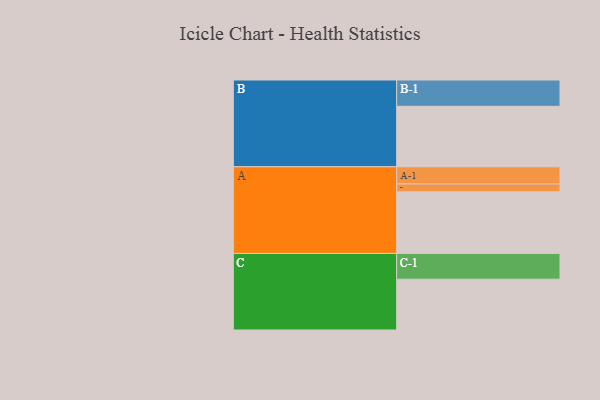
{"axis": {"x": "Segment", "y": "Value"}, "legend": ["", "A", "B", "C"], "data": [{"x": "A", "y": 531, "type": ""}, {"x": "B", "y": 521, "type": ""}, {"x": "C", "y": 438, "type": ""}, {"x": "A-1", "y": 148, "type": "A"}, {"x": "A-2", "y": 68, "type": "A"}, {"x": "B-1", "y": 227, "type": "B"}, {"x": "C-1", "y": 222, "type": "C"}]}